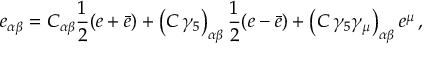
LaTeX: e _ { \alpha \beta } = C _ { \alpha \beta } { \frac { 1 } { 2 } } ( e + \bar { e } ) + \left( C \, \gamma _ { 5 } \right) _ { \alpha \beta } { \frac { 1 } { 2 } } ( e - \bar { e } ) + \left( C \, \gamma _ { 5 } \gamma _ { \mu } \right) _ { \alpha \beta } e ^ { \mu } \, ,